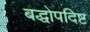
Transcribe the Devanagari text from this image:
बद्धोपदिष्ट